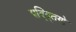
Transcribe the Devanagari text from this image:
पद्द्तिणे